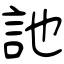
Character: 訑